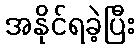
အနိုင်ရခဲ့ပြီး